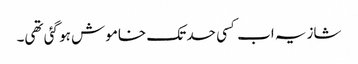
شازیہ اب کسی حد تک خاموش ہو گئی تھی۔